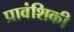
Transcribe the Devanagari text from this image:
प्रावंशिकी